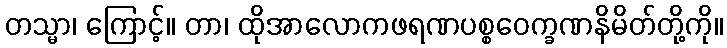
တသ္မာ၊ ကြောင့်။ တာ၊ ထိုအာလောကဖရဏပစ္စဝေက္ခဏနိမိတ်တို့ကို။